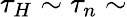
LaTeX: \tau_{H}\sim\tau_{n}\sim